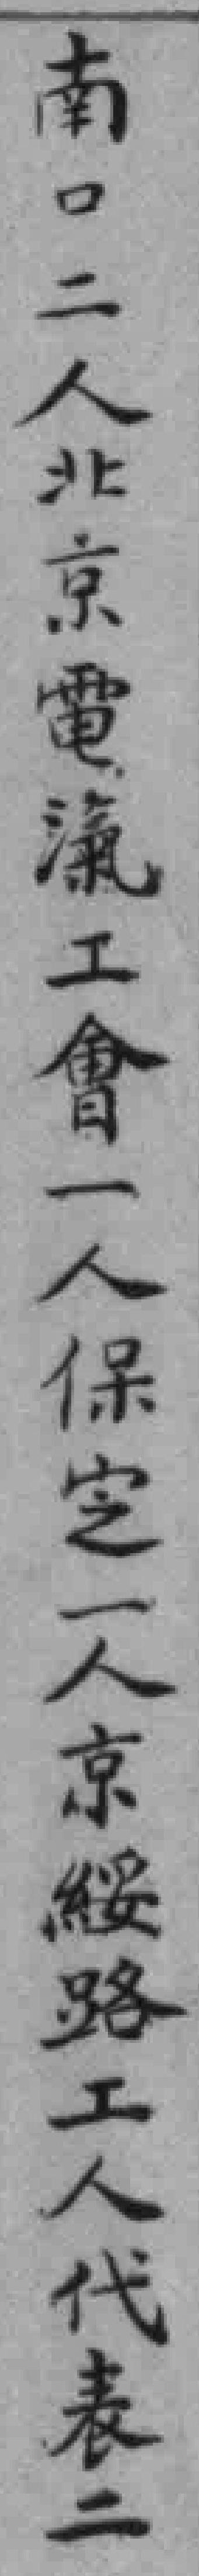
南口二人北京電汽工會一人保定一人京綏路工人代表二